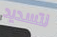
لتسديد